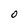
Character: O